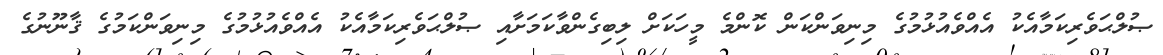
ޞުލްޙަވެރިކަމާއެކު އެއްވެއުޅުމުގެ މިނިވަންކަން ކޮންމެ މީހަކަށް ލިބިގެންވާކަމަށާއި ޞުލްޙަވެރިކަމާއެކު އެއްވެއުޅުމުގެ މިނިވަންކަމުގެ ޤާނޫނުގެ